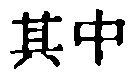
其中